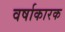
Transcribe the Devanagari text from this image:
वर्षाकारक